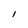
Character: I